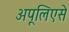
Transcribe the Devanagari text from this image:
अपूलिएसे